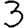
Digit: 3